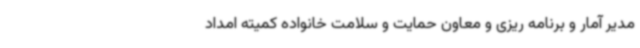
مدیر آمار و برنامه ریزی و معاون حمایت و سلامت خانواده کمیته امداد